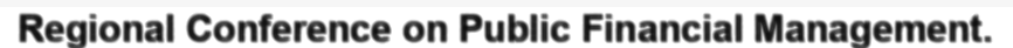
Regional Conference on Public Financial Management.